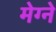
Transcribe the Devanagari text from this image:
मेग्ने